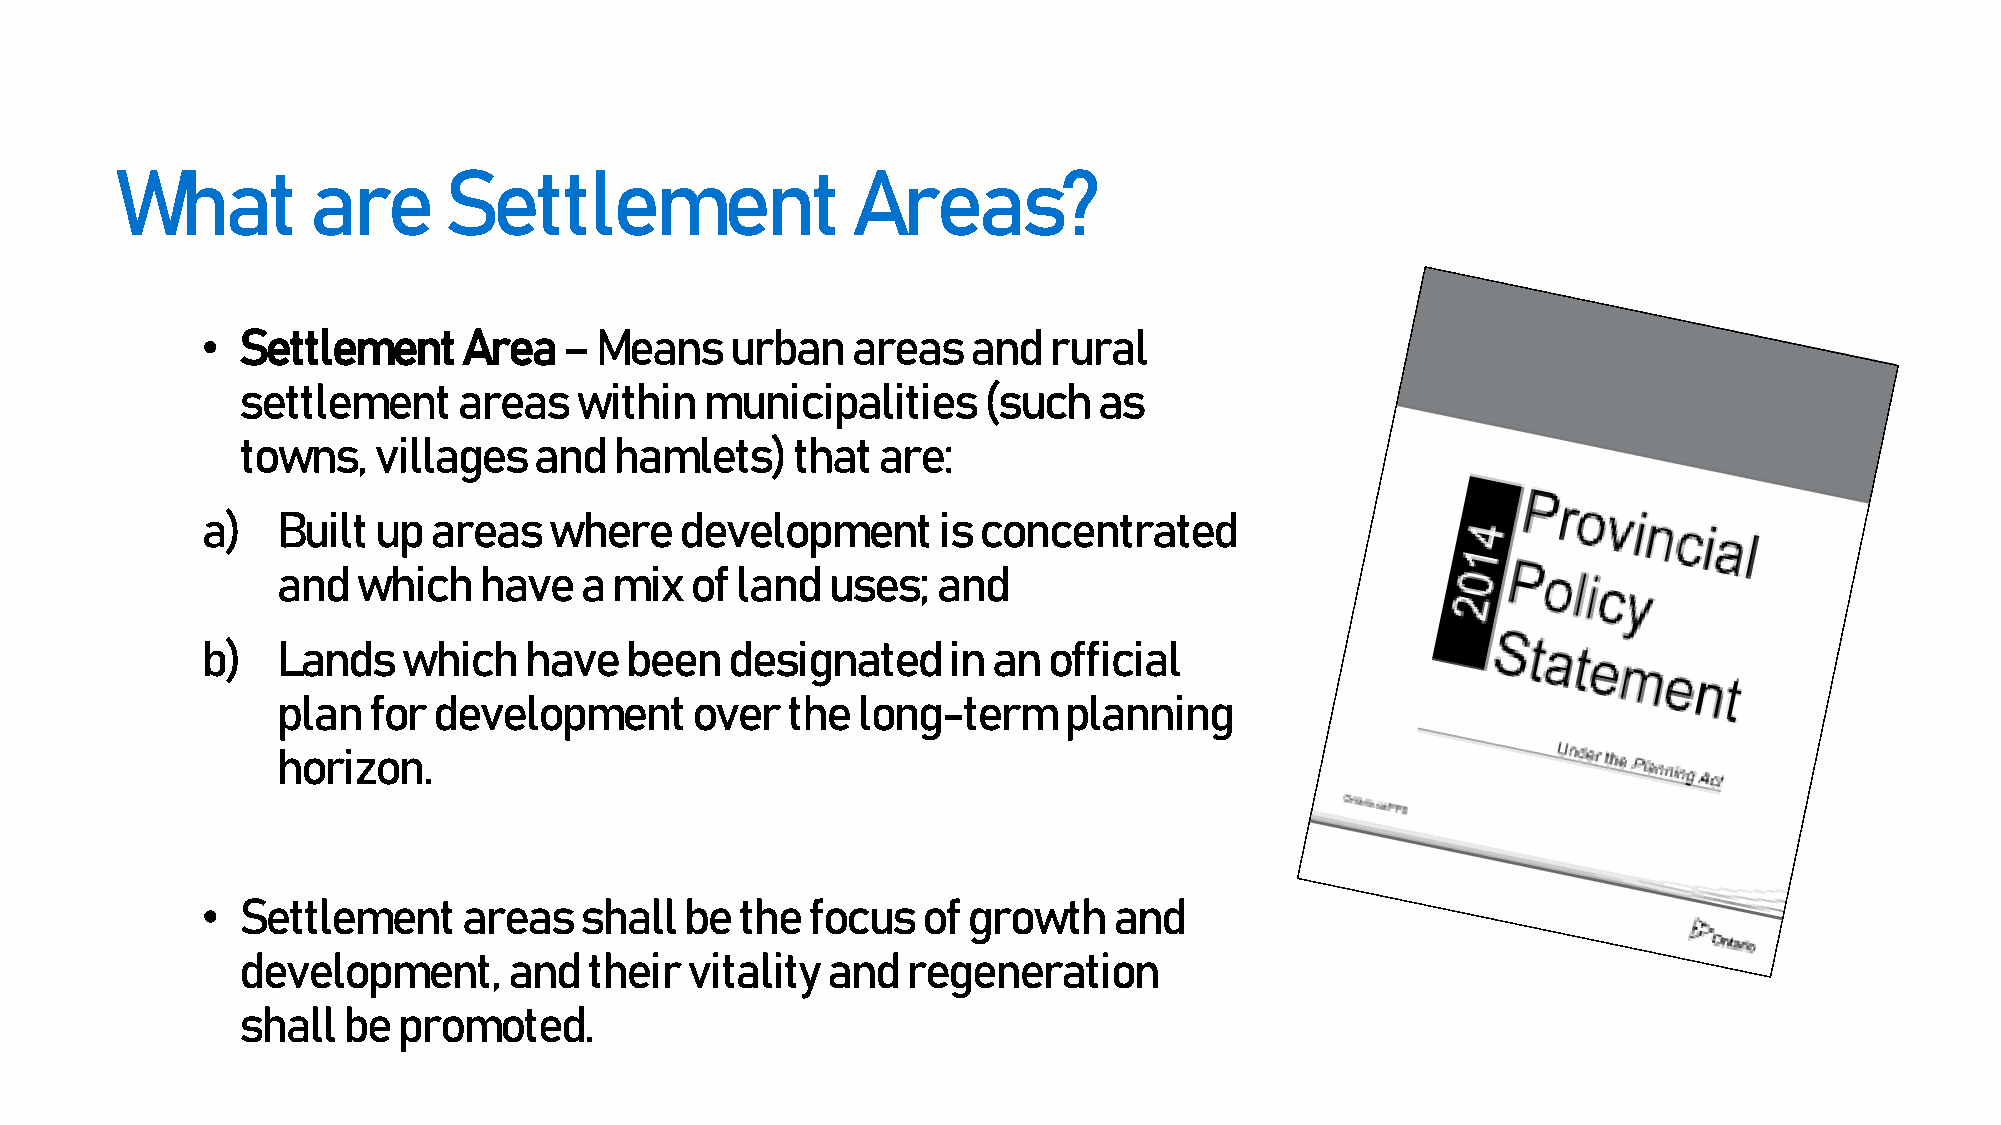
What        are      Settlement                 Areas?
 •  Settlement     Area  – Means    urban   areas   and  rural
 settlement    areas   within   municipalities    (such   as
 towns,   villages  and   hamlets)   that  are:
 a)   Built  up areas   where    development      is concentrated
 and   which   have  a mix   of land  uses;  and
 b)   Lands    which   have  been   designated     in an official
 plan  for  development      over  the  long-term    planning
 horizon.
 •  Settlement     areas  shall  be  the  focus  of growth    and
 development,      and  their vitality  and  regeneration
 shall  be promoted.